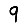
Digit: 9